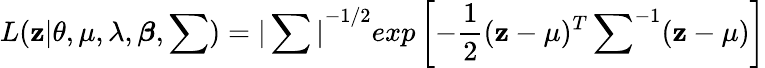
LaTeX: L(\mathbf{z}|\theta,\mu,\lambda,\boldsymbol{\beta},\sum)={|\sum|}^{-1/2}exp\left[-\frac{1}{2}(\mathbf{z}-\mu)^{T}\, {\sum}^{-1}(\mathbf{z}-\mu)\right]